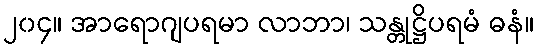
၂၀၄။ အာရောဂျပရမာ လာဘာ၊ သန္တုဋ္ဌိပရမံ ဓနံ။